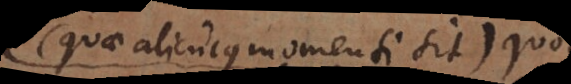
(quae alicujus momenti sit), quoties